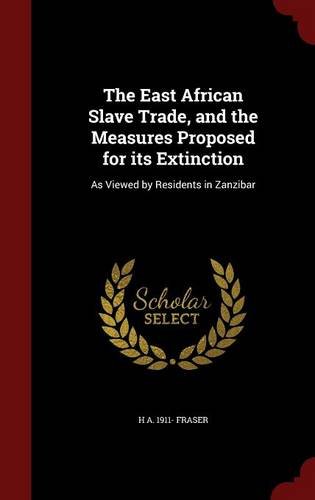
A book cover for The East African Slave Trade, and the Measures Proposed for its Extinction: As Viewed by Residents in Zanzibar; H A. 1911- Fraser; History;